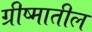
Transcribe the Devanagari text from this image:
ग्रीष्मातील